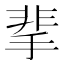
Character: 𩇮